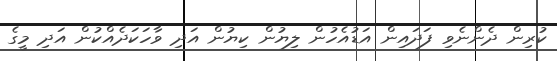
ކުރިން ދެންނެވި ފަދައިން އަޑުއެހުން ލިޔުން ކިޔުން އަދި ވާހަކަދެއްކުން އަދި މީގެ